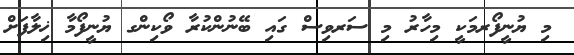
މި ޔުނީފޯރމަކީ މިހާރު މި ސަރވިސް ގައި ބޭނުންކުރާ ވޯކިންގ ޔުނީފޯމާ ޚިލާފަށް